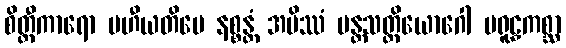
စိတ္တီကာရော ပဟီယတိပေ နစ္စန္တံ အမိဿံ မန္တသတ္တိယောဂေါ ပရူဠှကစ္ဆာ